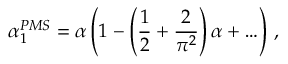
\alpha _ { 1 } ^ { P M S } = \alpha \left( 1 - \left( { \frac { 1 } { 2 } } + { \frac { 2 } { \pi ^ { 2 } } } \right) \alpha + \ldots \right) \, ,